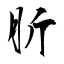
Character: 肵